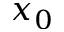
x _ { 0 }